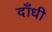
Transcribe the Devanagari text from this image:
दाँधी